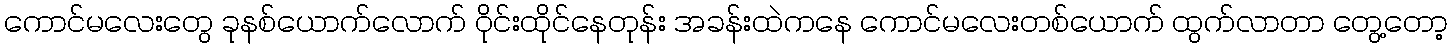
ကောင်မလေးတွေ ခုနစ်ယောက်လောက် ဝိုင်းထိုင်နေတုန်း အခန်းထဲကနေ ကောင်မလေးတစ်ယောက် ထွက်လာတာ တွေ့တော့